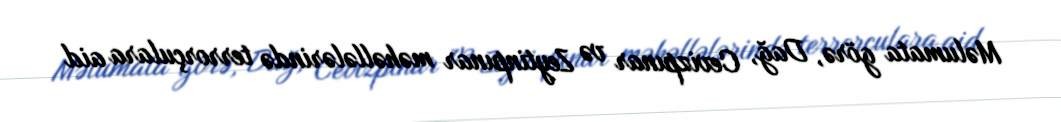
Məlumata görə, Dağ, Cevizpınar və Zeytinpınar məhəllələrində terrorçulara aid